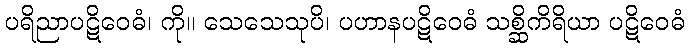
ပရိညာပဋိဝေဓံ၊ ကို။ သေသေသုပိ၊ ပဟာနပဋိဝေဓံ သစ္ဆိကိရိယာ ပဋိဝေဓံ